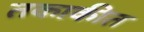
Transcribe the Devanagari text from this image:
तकाकीत